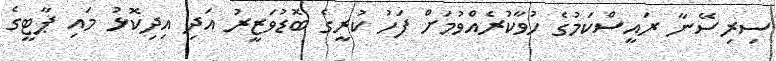
ސިރިސޭނާ ރައީސްކަމުގެ ހުވާކުރެއްވުމަށް ފަހު ކުރީގެ ބޮޑުވަޒީރު އަދި އިދިކޮޅު މައި ޕާޓީގެ